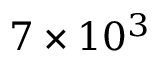
7 \times 1 0 ^ { 3 }